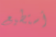
أستطيع